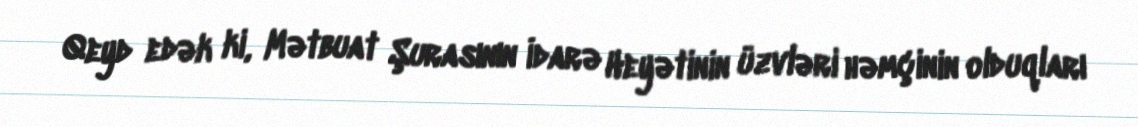
Qeyd edək ki, Mətbuat Şurasının İdarə Heyətinin üzvləri həmçinin olduqları